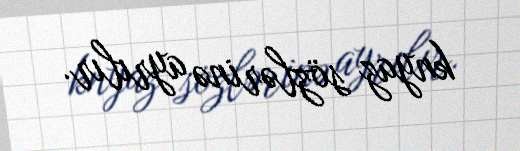
knyaz sözlərinə ayrılır.